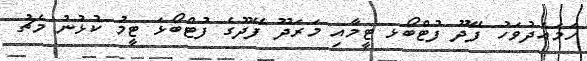
ހަަމައެދުވަހު ފޭދޫ ފުޓްބޯޅ ޓީމާއި މަރަދޫ ފޭދޫގެ ފުޓްބޯޅަ ޓީމު ކުޅުނު މެޗު